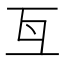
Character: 𠀕